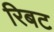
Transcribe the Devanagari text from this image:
रिबट